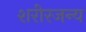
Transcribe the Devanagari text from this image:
शरीरजन्य